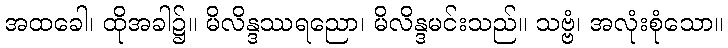
အထခေါ၊ ထိုအခါ၌။ မိလိန္ဒဿရညော၊ မိလိန္ဒမင်းသည်။ သဗ္ဗံ၊ အလုံးစုံသော။